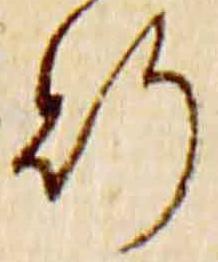
行